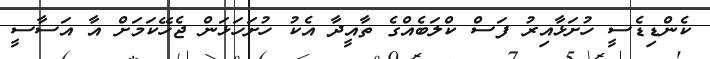
ކެންޑިޑެސީ ހުށަޅާއިރު ފަސް ކްލަބެއްގެ ތާއީދާ އެކު ހުށަހަަޅަން ޖެހޭކަމަށް އާ އަސާސީ